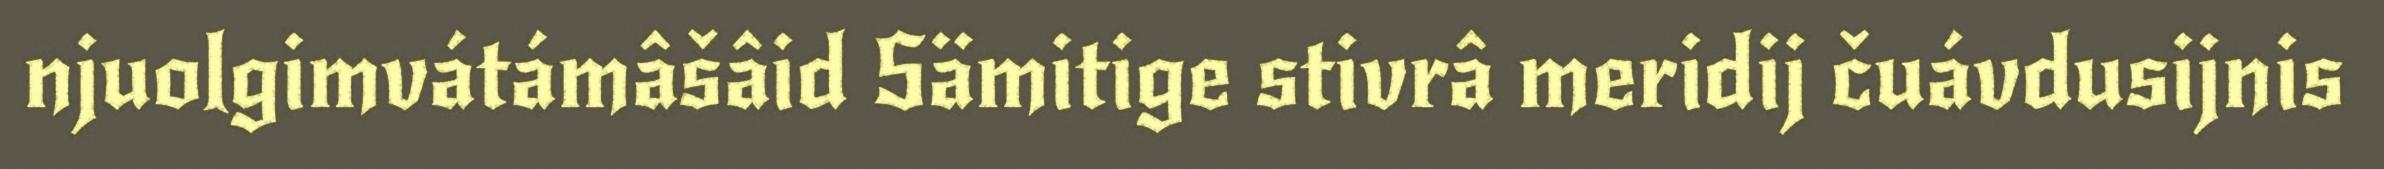
njuolgimvátámâšâid Sämitige stivrâ meridij čuávdusijnis